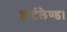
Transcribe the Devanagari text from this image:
हार्टलैण्ड।